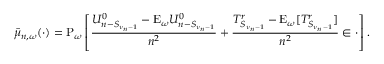
\bar { \mu } _ { n , \omega } ( \cdot ) = \mathrm { P } _ { \omega } \left[ \frac { U _ { n - S _ { \nu _ { n } - 1 } } ^ { 0 } - \mathrm { E } _ { \omega } U _ { n - S _ { \nu _ { n } - 1 } } ^ { 0 } } { n ^ { 2 } } + \frac { T _ { S _ { \nu _ { n } - 1 } } ^ { r } - \mathrm { E } _ { \omega } [ T _ { S _ { \nu _ { n } - 1 } } ^ { r } ] } { n ^ { 2 } } \in \cdot \right] .